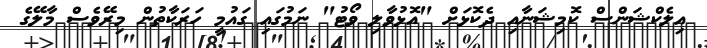
އިލެކްޝަންސް ކޮމިޝަނާއި ދެކޮޅަށް "އޮޅުވާލި ވޯޓު" ނަމުގައި ގައުމީ ހަރަކާތުން މިރޭވެސް މާލޭގެ